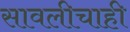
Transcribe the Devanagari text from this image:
सावलीचाही